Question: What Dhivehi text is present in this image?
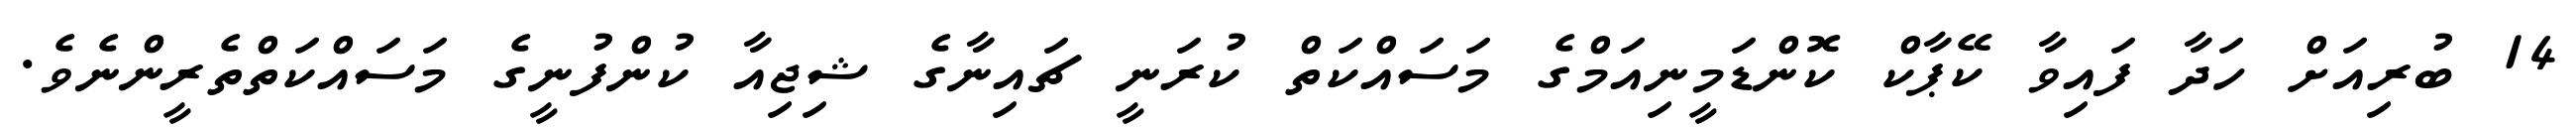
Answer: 14 ބުރިއަށް ހަދާ ފައިވާ ކޭޕާކް ކޮންޑަމީނިއަމްގެ މަސައްކަތް ކުރަނީ ޗައިނާގެ ޝިޖިއާ ކުންފުނީގެ މަސައްކަތްތެރީންނެވެ.